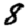
Digit: 8